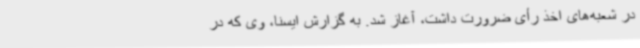
در شعبه‌های اخذ رأی ضرورت داشت، آغاز شد. به گزارش ایسنا، وی که در